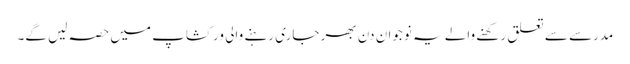
مدرسے سے تعلق رکھنے والے یہ نوجوان دن بھر جاری رہنے والی ورکشاپ میں حصہ لیں گے۔